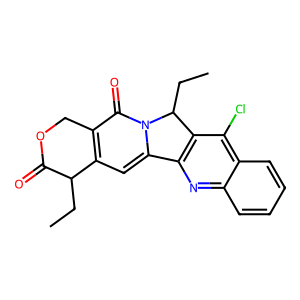
SMILES: CCC1C(=O)OCc2c1cc1n(c2=O)C(CC)c2c-1nc1ccccc1c2Cl
Inhibits HIV replication: No